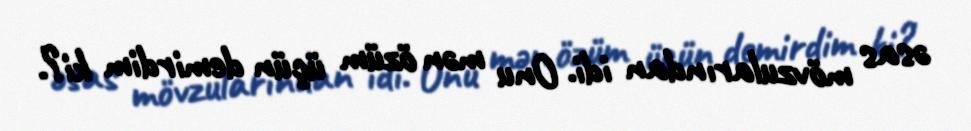
əsas mövzularından idi. Onu mən özüm üçün demirdim ki?.